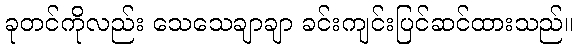
ခုတင်ကိုလည်း သေသေချာချာ ခင်းကျင်းပြင်ဆင်ထားသည်။